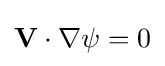
\mathbf {V} \cdot \nabla {\psi }=0